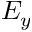
E _ { y }